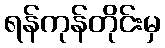
ရန်ကုန်တိုင်းမှ